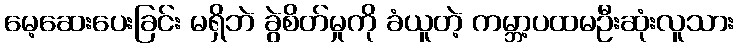
မေ့ဆေးပေးခြင်း မရှိဘဲ ခွဲစိတ်မှုကို ခံယူတဲ့ ကမ္ဘာ့ပထမဦးဆုံးလူသား